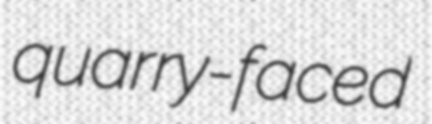
quarry-faced